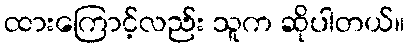
ထားကြောင့်လည်း သူက ဆိုပါတယ်။